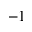
^ { - 1 }